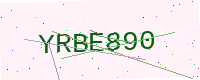
Text: YRBE890